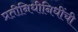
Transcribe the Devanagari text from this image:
प्रतीनिधीनिधींची